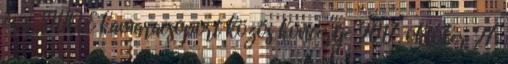
és a SHINE kamaracsoport közös koncertje 2017. október 27.